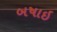
બષાઇ